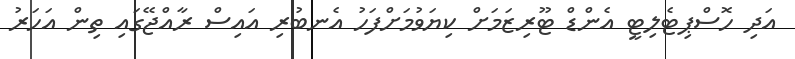
އަދި ހޮސްޕިޓެލިޓީ އެންޑް ޓޫރިޒަމަށް ކިޔަވުމަށްފަހު އެނބުރި އައިސް ރާއްޖޭގައި ތިން އަހަރު